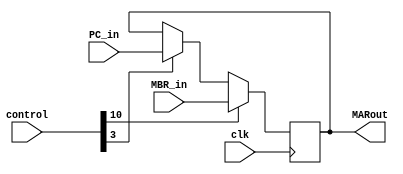
`timescale 1ns / 1ps
//////////////////////////////////////////////////////////////////////////////////
// Company: 
// Engineer: 
// 
// Design Name: 
// Module Name: mar
// Project Name: 
// Target Devices: 
// Tool Versions: 
// Description: 
// 
// Dependencies: 
// 
// Revision:
// Revision 0.01 - File Created
// Additional Comments:
// 
//////////////////////////////////////////////////////////////////////////////////


module mar(
    input clk,
    input [24:0]control,
    input [7:0] MBR_in,
    input [7:0] PC_in,
    output [7:0] MARout
    );
    reg [7:0] data_buffer;
    initial
    begin
    data_buffer=0;
    end
    assign MARout=data_buffer;
    always@(posedge clk)
    begin
    if(control[3]==1) data_buffer = PC_in;
    if(control[10]==1)data_buffer = MBR_in;  
    end
endmodule